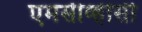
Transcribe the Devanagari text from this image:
एमसीव्हीसी